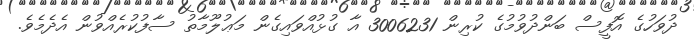
ދުވަހުގެ އޮފީސް ބަންދުވުމުގެ ކުރިން 3006231 އާ ގުޅުއްވައިގެން މަޢުލޫމާތު ސާފުކުރެއްވުން އެދެމެވެ.